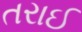
તરાઈ